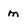
Character: m